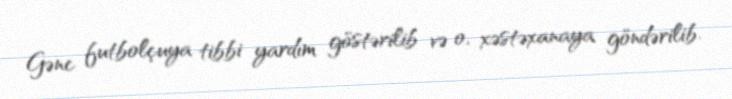
Gənc futbolçuya tibbi yardım göstərilib və o, xəstəxanaya göndərilib.